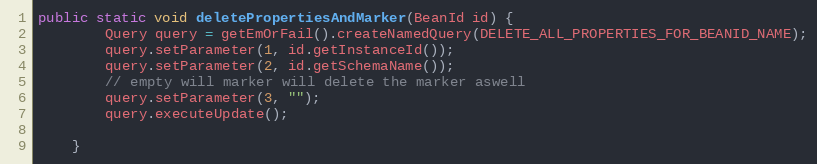
Language: Java
public static void deletePropertiesAndMarker(BeanId id) {
        Query query = getEmOrFail().createNamedQuery(DELETE_ALL_PROPERTIES_FOR_BEANID_NAME);
        query.setParameter(1, id.getInstanceId());
        query.setParameter(2, id.getSchemaName());
        // empty will marker will delete the marker aswell
        query.setParameter(3, "");
        query.executeUpdate();

    }